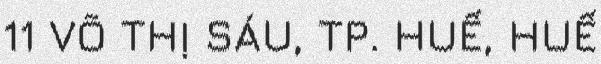
11 VÕ THỊ SÁU, TP. HUẾ, HUẾ